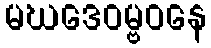
မဃဒေဝမ္ဗဝနေ